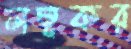
লম্বকর